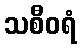
သစီဝရံ